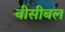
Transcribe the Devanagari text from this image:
वीसीबल